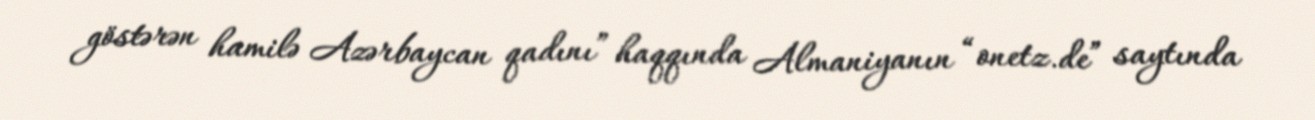
göstərən hamilə Azərbaycan qadını” haqqında Almaniyanın “onetz.de” saytında